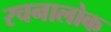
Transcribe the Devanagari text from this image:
रचनालोक